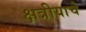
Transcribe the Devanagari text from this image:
क्षत्रीयाचे